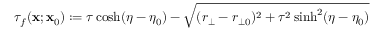
\tau _ { f } ( \mathbf { x } ; \mathbf { x } _ { 0 } ) : = \tau \cosh ( \eta - \eta _ { 0 } ) - \sqrt { ( r _ { \bot } - r _ { \bot 0 } ) ^ { 2 } + \tau ^ { 2 } \sinh ^ { 2 } ( \eta - \eta _ { 0 } ) }